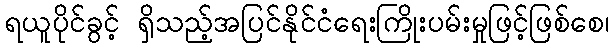
ရယူပိုင်ခွင့် ရှိသည့်အပြင်နိုင်ငံရေးကြိုးပမ်းမှုဖြင့်ဖြစ်စေ၊